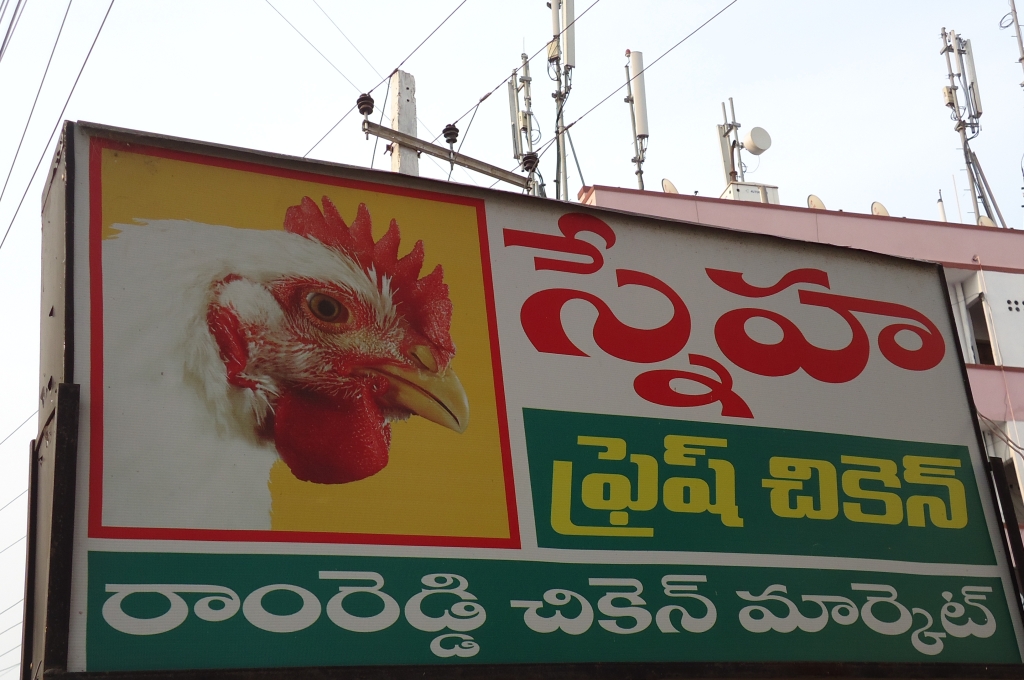
Language: telugu
Transcription: స్నేహ ఫ్రెష్ చికెన్ రాంరెడ్డి మార్కెట్ చికెన్